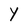
Character: Y